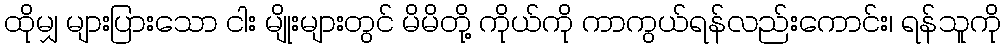
ထိုမျှ များပြားသော ငါး မျိုးများတွင် မိမိတို့ ကိုယ်ကို ကာကွယ်ရန်လည်းကောင်း၊ ရန်သူကို